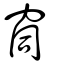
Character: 䆚